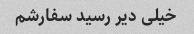
خیلی دیر رسید سفارشم